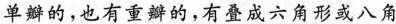
单瓣的，也有重瓣的，有叠成六角形或八角